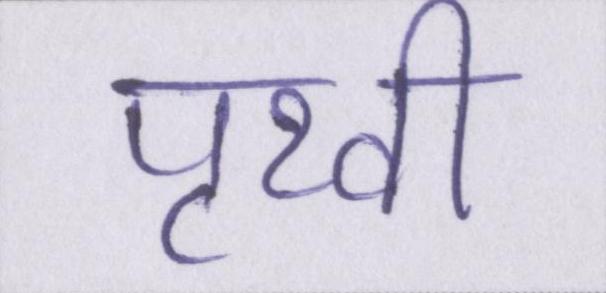
पृथ्वी